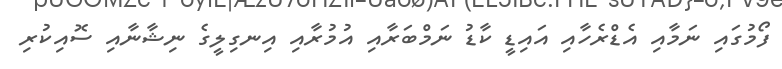
ފޯމުގައި ނަމާއި އެޑްރެހާއި އައިޑީ ކާޑު ނަމްބަރާއި އުމުރާއި އިނގިލީގެ ނިޝާނާއި ސޮއިކުރި